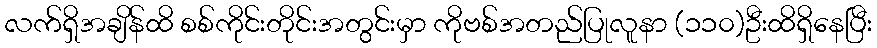
လက်ရှိအချိန်ထိ စစ်ကိုင်းတိုင်းအတွင်းမှာ ကိုဗစ်အတည်ပြုလူနာ (၁၁၀)ဦးထိရှိနေပြီး